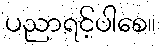
ပညာရင့်ပါစေ။